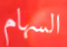
السهام